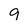
Character: 9